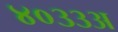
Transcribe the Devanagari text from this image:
४०३३अ